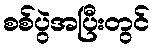
စစ်ပွဲအပြီးတွင်